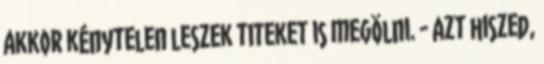
akkor kénytelen leszek titeket is megölni. - Azt hiszed,